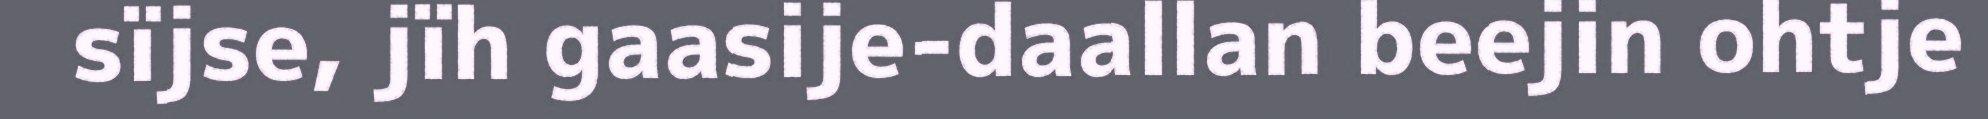
sïjse, jïh gaasije-daallan beejin ohtje